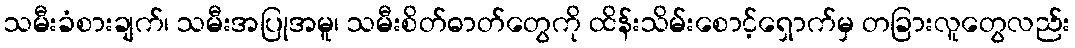
သမီးခံစားချက်၊ သမီးအပြုအမူ၊ သမီးစိတ်ဓာတ်တွေကို ထိန်းသိမ်းစောင့်ရှောက်မှ တခြားလူတွေလည်း